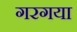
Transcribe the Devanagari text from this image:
गरगया